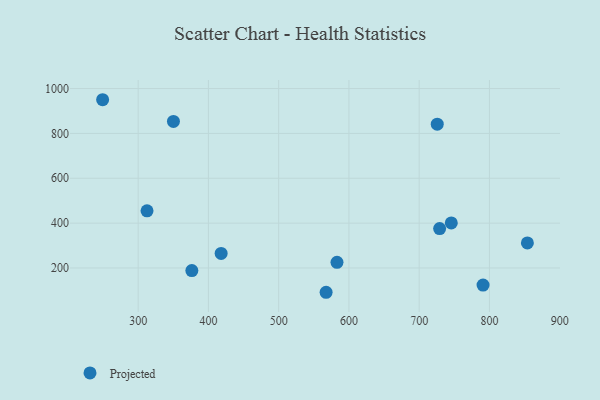
{"axis": {"x": "Distance", "y": "Rating"}, "legend": ["Projected"], "data": [{"x": "854.0", "y": 311.9, "type": "Projected"}, {"x": "567.5", "y": 91.7, "type": "Projected"}, {"x": "312.6", "y": 454.7, "type": "Projected"}, {"x": "729.1", "y": 375.6, "type": "Projected"}, {"x": "249.4", "y": 950.2, "type": "Projected"}, {"x": "376.4", "y": 188.6, "type": "Projected"}, {"x": "418.1", "y": 265.0, "type": "Projected"}, {"x": "790.9", "y": 123.6, "type": "Projected"}, {"x": "725.7", "y": 841.0, "type": "Projected"}, {"x": "745.7", "y": 400.8, "type": "Projected"}, {"x": "583.0", "y": 225.2, "type": "Projected"}, {"x": "350.2", "y": 853.5, "type": "Projected"}]}